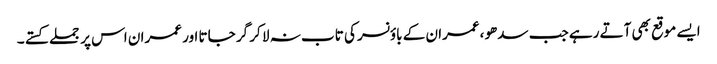
ایسے موقع بھی آتے رہے جب سدھو ،عمران کے باؤنسر کی تاب نہ لا کر گر جاتا اور عمران اس پر جملے کستے ۔